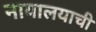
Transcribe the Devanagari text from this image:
नायालयाची